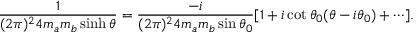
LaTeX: \frac { 1 } { ( 2 \pi ) ^ { 2 } 4 m _ { a } m _ { b } \sinh \theta } \nonumber = \frac { - i } { ( 2 \pi ) ^ { 2 } 4 m _ { a } m _ { b } \sin \theta _ { 0 } } [ 1 + i \cot \theta _ { 0 } ( \theta - i \theta _ { 0 } ) + \cdots ] .